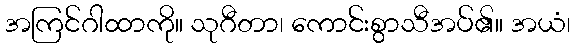
အကြင်ဂါထာကို။ သုဂီတာ၊ ကောင်းစွာသီအပ်၏။ အယံ၊